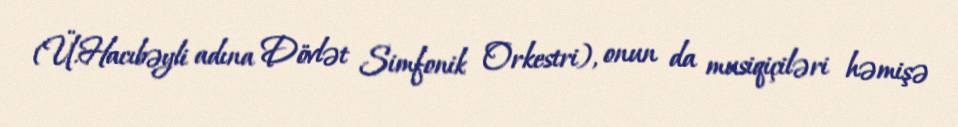
(Ü.Hacıbəyli adına Dövlət Simfonik Orkestri), onun da musiqiçiləri həmişə